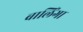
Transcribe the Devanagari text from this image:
बालिंगा